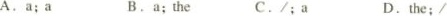
A.a;a B.a;the C./;a D.the;/